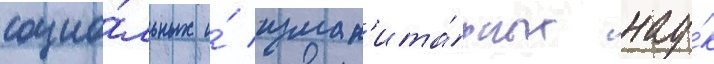
социа́льных и́ гуман'ита́рных нау́к